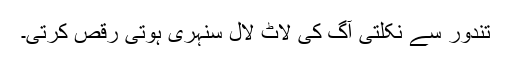
تندور سے نکلتی آگ کی لاٹ لال سنہری ہوتی رقص کرتی۔